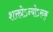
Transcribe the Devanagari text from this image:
शक्तोऽन्योऽरुक्